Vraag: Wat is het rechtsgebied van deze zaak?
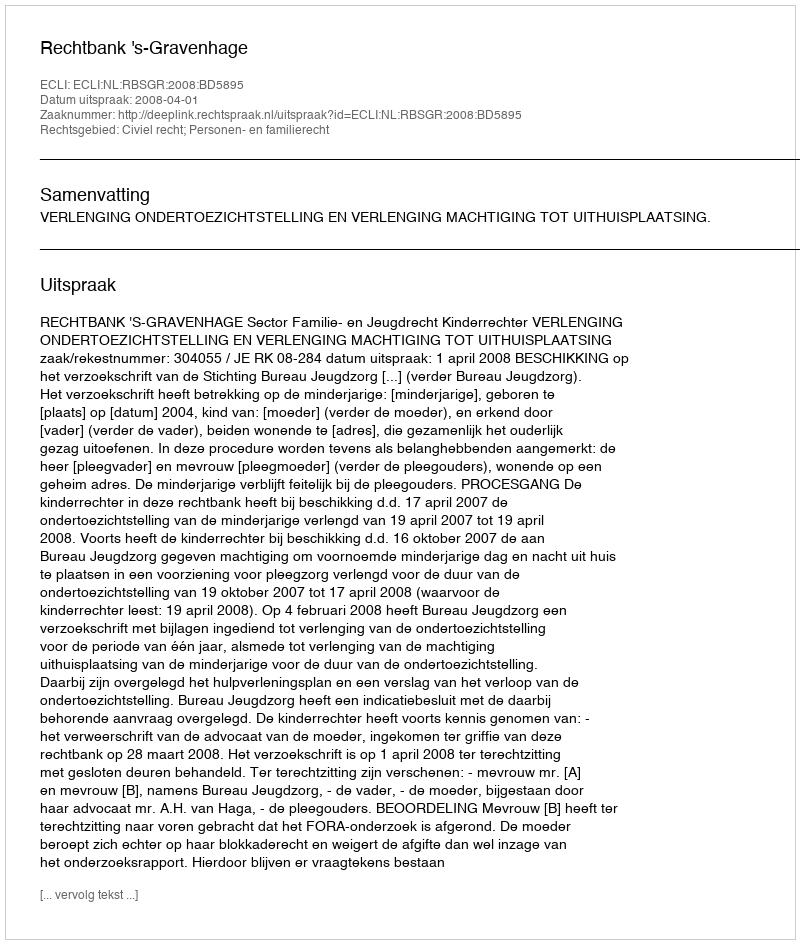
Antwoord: Civiel recht; Personen- en familierecht